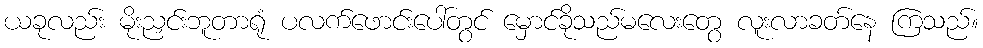
ယခုလည်း မိုးညှင်းဘူတာရုံ ပလက်ဖောင်းပေါ်တွင် မှောင်ခိုသည်မလေးတွေ လူးလာခတ်နေ ကြသည်။